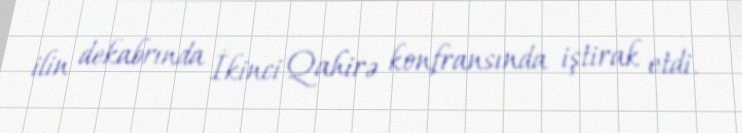
ilin dekabrında İkinci Qahirə konfransında iştirak etdi.